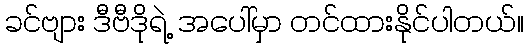
ခင်ဗျား ဒီဗီဒိုရဲ့ အပေါ်မှာ တင်ထားနိုင်ပါတယ်။